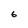
Character: G